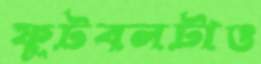
ফুটবলটাও